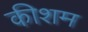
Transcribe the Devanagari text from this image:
कीशम